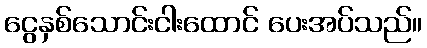
ငွေနှစ်သောင်းငါးထောင် ပေးအပ်သည်။